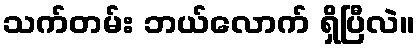
သက်တမ်း ဘယ်လောက် ရှိပြီလဲ။